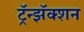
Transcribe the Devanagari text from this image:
ट्रॅन्झॅक्शन